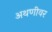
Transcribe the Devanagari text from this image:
अथणीवर